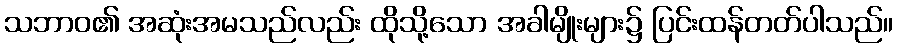
သဘာဝ၏ အဆုံးအမသည်လည်း ထိုသို့သော အခါမျိုးများ၌ ပြင်းထန်တတ်ပါသည်။